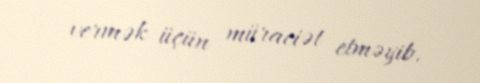
vermək üçün müraciət etməyib.